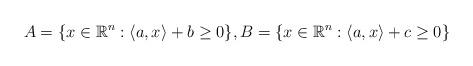
LaTeX: \begin{align*}A=\{x\in\mathbb{R}^n:\langle a,x\rangle + b \ge 0\},B=\{x\in\mathbb{R}^n:\langle a,x\rangle + c \ge 0\}\end{align*}